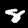
Label: 8